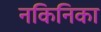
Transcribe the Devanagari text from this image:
नकिनिका